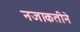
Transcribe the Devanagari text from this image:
नजाकतीने